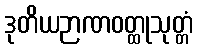
ဒုတိယဉာဏဝတ္ထုသုတ္တံ